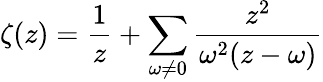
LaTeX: \zeta(z)=\frac{1}{z}+\sum_{\omega\neq 0}\frac{z^{2}}{\omega^{2}(z-\omega)}